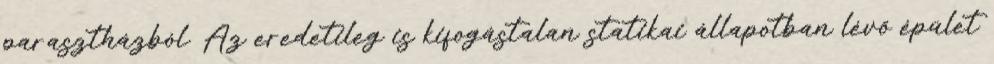
parasztházból. Az eredetileg is kifogástalan statikai állapotban lévő épület